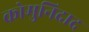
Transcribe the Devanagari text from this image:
कोमुनिदाद